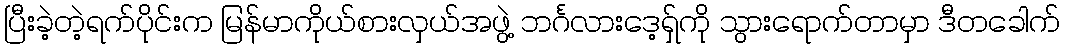
ပြီးခဲ့တဲ့ရက်ပိုင်းက မြန်မာကိုယ်စားလှယ်အဖွဲ့ ဘင်္ဂလားဒေ့ရှ်ကို သွားရောက်တာမှာ ဒီတခေါက်